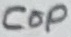
Text: Cop